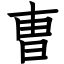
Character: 曺